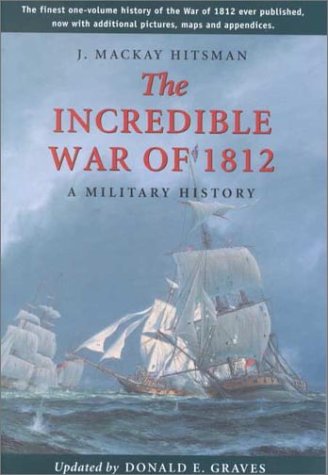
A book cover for The Incredible War of 1812: A Military History; J. Mackay Hitsman; History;